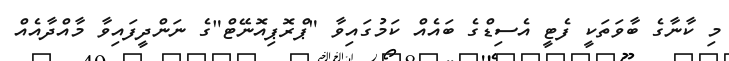
މި ކާނާގެ ބާވަތަކީ ފެޓީ އެސިޑްގެ ބައެއް ކަމުގައިވާ "ޕްރޮޕިއޮނޭޓް"ގެ ނަންދީފައިވާ މާއްދާއެއް